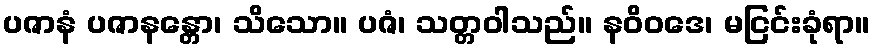
ပဇာနံ ပဇာနန္တော၊ သိသော။ ပဇံ၊ သတ္တဝါသည်။ နဝိဝဒေ၊ မငြင်းခုံရာ။